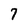
Character: 7